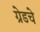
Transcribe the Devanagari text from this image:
ग्रेडचे